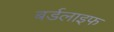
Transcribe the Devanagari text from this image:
बर्डलाइफ